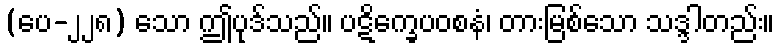
(ပေ-၂၂၈) သော ဤပုဒ်သည်။ ပဋိက္ခေပဝစနံ၊ တားမြစ်သော သဒ္ဒါတည်း။